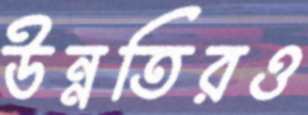
উন্নতিরও